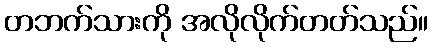
တဘက်သားကို အလိုလိုက်တတ်သည်။